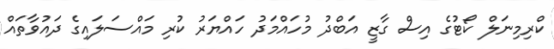
ކްރިމިނަލް ކޯޓުގެ އިސް ގާޒީ އަބްދު މުހައްމަދު ހައްޔަރު ކުރި މައްސަލައިގެ ދައުވާތައް